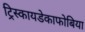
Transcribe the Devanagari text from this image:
ट्रिस्कायडेकाफोबिया